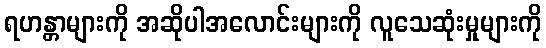
ရဟန္တာများကို အဆိုပါအလောင်းများကို လူသေဆုံးမှုများကို